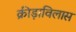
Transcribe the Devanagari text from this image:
क्रीड़ाविलास